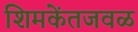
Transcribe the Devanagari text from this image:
शिमकेंतजवळ